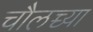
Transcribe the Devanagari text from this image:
चौलच्च्या